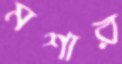
মশার